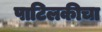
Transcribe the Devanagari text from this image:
पाटिलकीचा